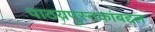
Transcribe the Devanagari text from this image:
पाठय़पुस्तकांबद्दल